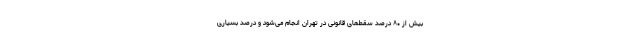
بیش از ۸۰ درصد سقط‌های قانونی در تهران انجام می‌شود و درصد بسیاری